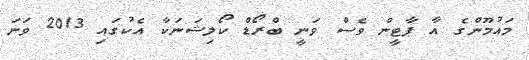
މައުމޫންގެ އާ ޕާޓީން ވެސް ވަނީ ބްރޯޑް ކޯލިޝަނަކާ އެކުގައި 2013 ވަނަ